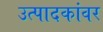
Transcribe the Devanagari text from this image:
उत्पादकांवर